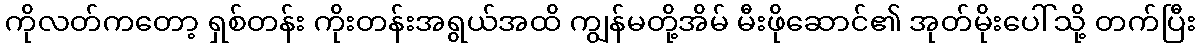
ကိုလတ်ကတော့ ရှစ်တန်း ကိုးတန်းအရွယ်အထိ ကျွန်မတို့အိမ် မီးဖိုဆောင်၏ အုတ်မိုးပေါ်သို့ တက်ပြီး